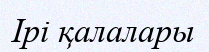
Ірі қалалары